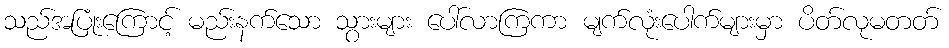
သည်အပြုံးကြောင့် မည်းနက်သော သွားများ ပေါ်လာကြကာ မျက်လုံးပေါက်များမှာ ပိတ်လုမတတ်